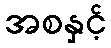
အစနှင့်